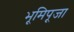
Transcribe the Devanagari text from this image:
भूमिपूजा